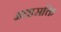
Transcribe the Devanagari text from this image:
अद्यासक्ति